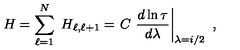
H = \sum _ { \ell = 1 } ^ { N } \ H _ { \ell , \ell + 1 } = \left. C \ \frac { d \ln \tau } { d \lambda } \right| _ { \lambda = i / 2 } \ ,